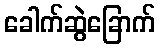
ခေါက်ဆွဲခြောက်